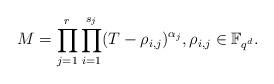
LaTeX: \begin{align*}M=\prod_{j=1}^r \prod_{i=1}^{s_j} (T-\rho_{i,j})^{\alpha_j}, \rho_{i,j} \in \mathbb{F}_{q^d}.\end{align*}